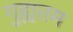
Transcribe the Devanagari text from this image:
गुह्यतम